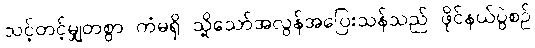
သင့်တင့်မျှတစွာ ကံမရှိ သို့သော်အလွန်အပြေးသန်သည် ဖိုင်နယ်ပွဲစဉ်